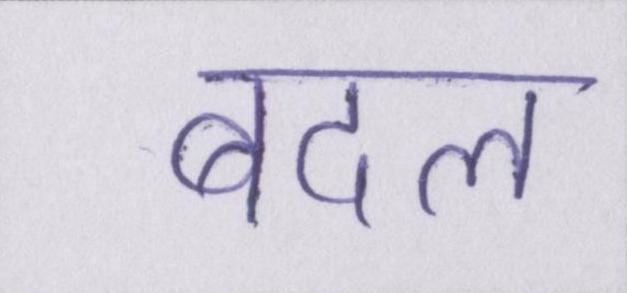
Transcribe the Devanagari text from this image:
बदल